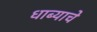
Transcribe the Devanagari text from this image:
धाब्याचे